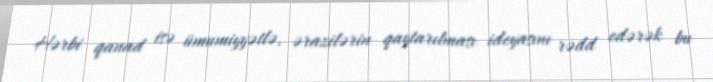
Hərbi qanad isə ümumiyyətlə, ərazilərin qaytarılması ideyasını rədd edərək bu